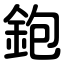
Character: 鉋